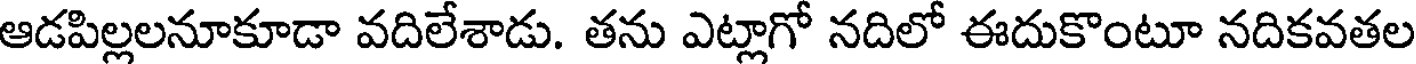
ఆడపిల్లలనూకూడా వదిలేశాడు. తను ఎట్లాగో నదిలో ఈదుకొంటూ నదికవతల